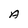
Character: A